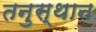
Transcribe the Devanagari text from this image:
तनुस्थान